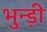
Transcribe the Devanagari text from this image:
भुन्ड़ी